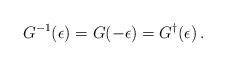
LaTeX: \begin{align*}G^{-1}(\epsilon)=G(-\epsilon)=G^{\dagger}(\epsilon)\,.\end{align*}